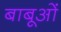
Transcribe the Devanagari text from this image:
बाबूओं